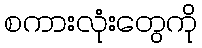
စကားလုံးတွေကို